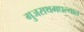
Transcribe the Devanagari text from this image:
गुजराथमधल्यात